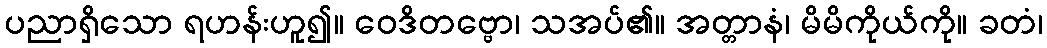
ပညာရှိသော ရဟန်းဟူ၍။ ဝေဒိတဗ္ဗော၊ သအပ်၏။ အတ္တာနံ၊ မိမိကိုယ်ကို။ ခတံ၊